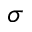
\sigma